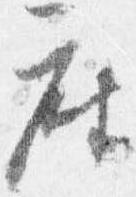
座